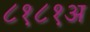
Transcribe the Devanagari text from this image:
८१८१अ